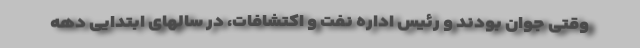
وقتی جوان بودند و رئیس اداره نفت و اکتشافات، در سالهای ابتدایی دهه